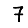
Digit: 7